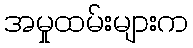
အမှုထမ်းများက